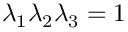
\lambda _ { 1 } \lambda _ { 2 } \lambda _ { 3 } = 1